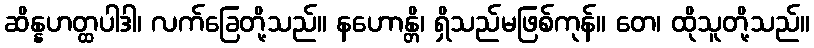
ဆိန္နဟတ္ထပါဒါ၊ လက်ခြေတို့သည်။ နဟောန္တိ၊ ရှိသည်မဖြစ်ကုန်။ တေ၊ ထိုသူတို့သည်။